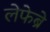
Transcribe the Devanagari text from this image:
लेफेब्रे